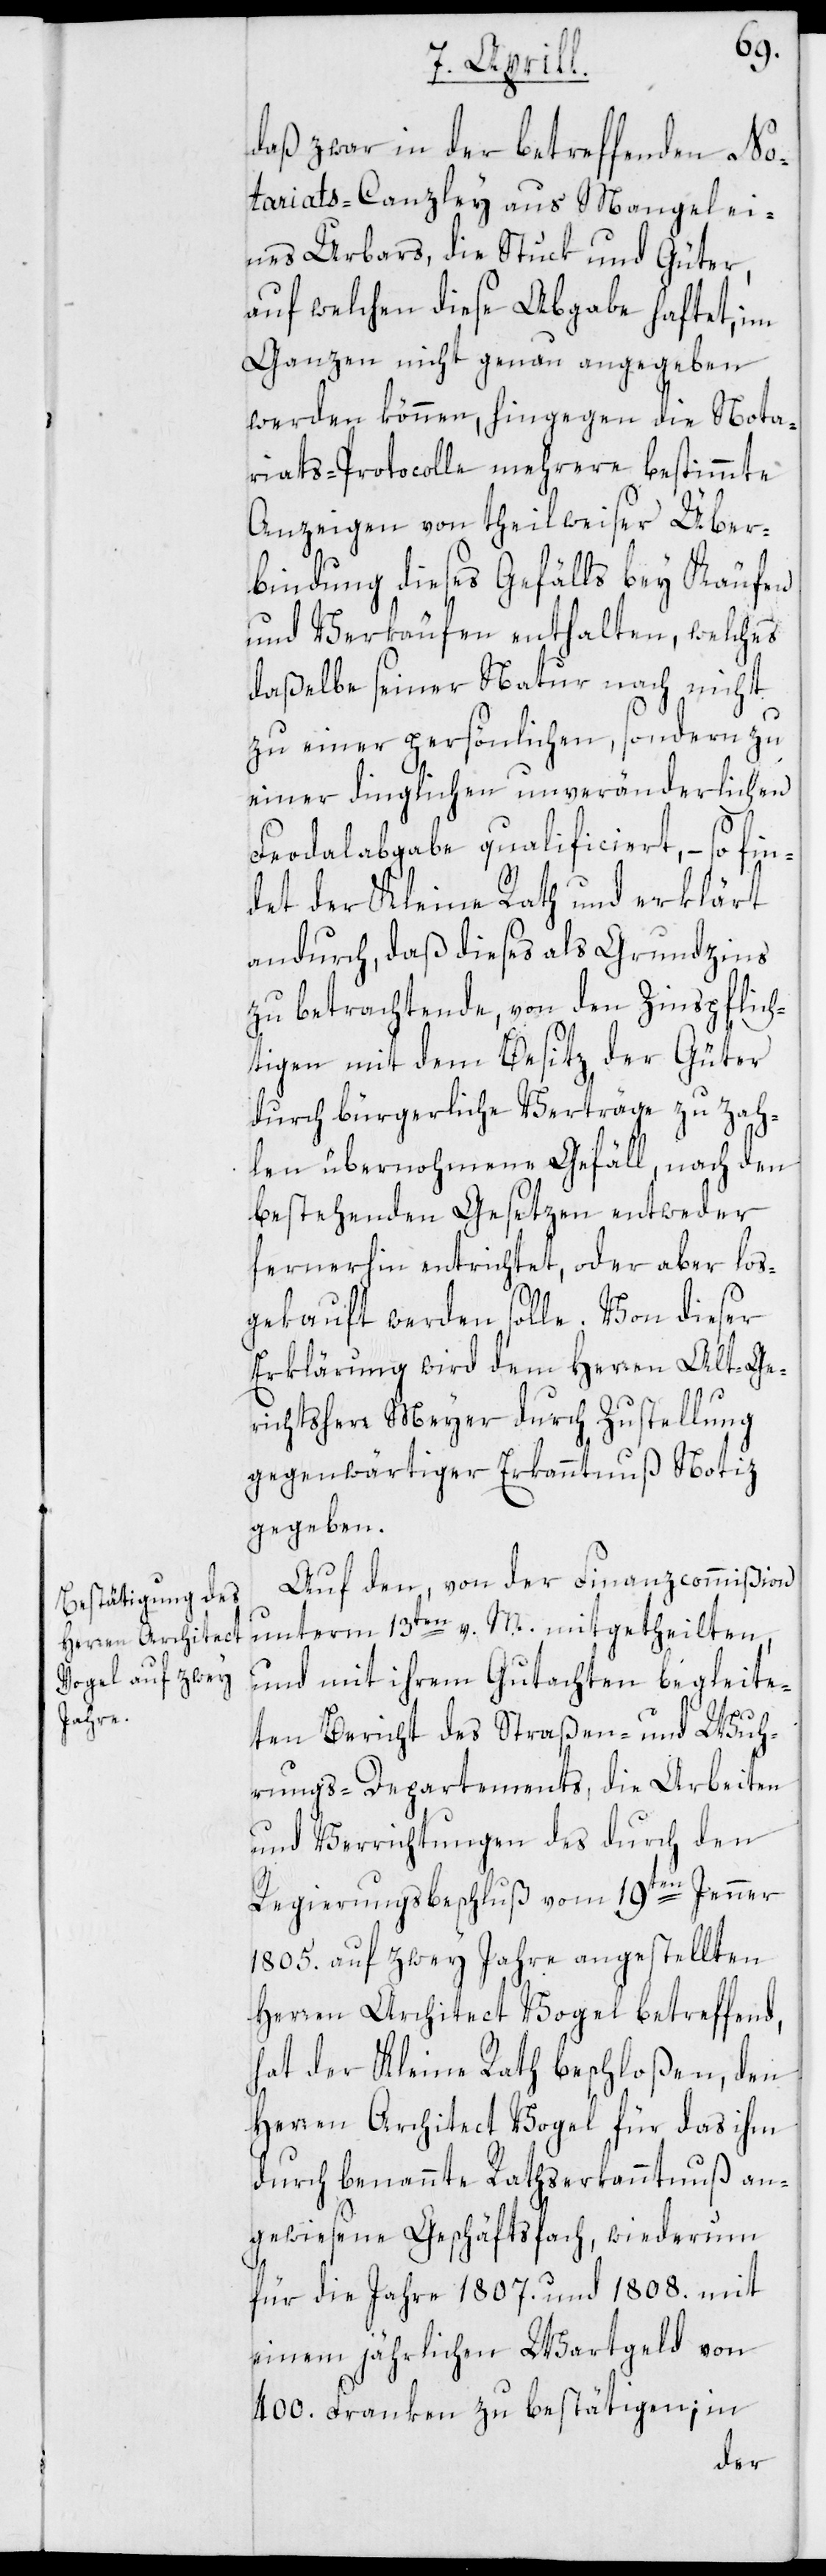
daß zwar in der betreffenden No¬
tariats-Canzley aus Mangel ei¬
nes Urbars, die Stuck und Güter,
auf welchen diese Abgabe haftet, im
Ganzen nicht genau angegeben
werden können, hingegen die Nota¬
riats-Protocolle mehrere bestimmte
Anzeigen von theilweiser Über¬
bindung dieses Gefälls bey Käufen
und Verkäufen enthalten, welches
daßelbe seiner Natur nach nicht
zu einer persönlichen, sondern zu
einer dinglichen unveränderlichen
Feodalabgabe qualificiert, – so fin¬
det der Kleine Rath und erklärt
andurch, daß dieses als Grundzins
zu betrachtende, von den Zinspflich¬
tigen mit dem Besitz der Güter
durch bürgerliche Verträge zu zah¬
len übernommene Gefäll, nach den
bestehenden Gesetzen entweder
fernerhin entrichtet, oder aber los¬
gekauft werden solle. Von dieser
Erklärung wird dem Herren Alt-Ge¬
richtsherr Meyer durch Zustellung
gegenwärtiger Erkanntnuß Notiz
gegeben.
Auf den, von der Finanzcommißion
unterm 13ten v. M. mitgetheilten,
und mit ihrem Gutachten begleite¬
ten Bericht des Straßen- und Wuh¬
rungs-Departements, die Arbeiten
und Verrichtungen des durch den
Regierungsbeschluß vom 19ten Jenner
1805. auf zwey Jahre angestellten
Herren Architect Vogel betreffend,
hat der Kleine Rath beschloßen, den
Herren Architect Vogel für das ihm
durch benannte Rathserkanntnuß an¬
gewiesene Geschäftsfach, wiederum
für die Jahre 1807. und 1808. mit
einem jährlichen Wartgeld von
400. Franken zu bestätigen; in